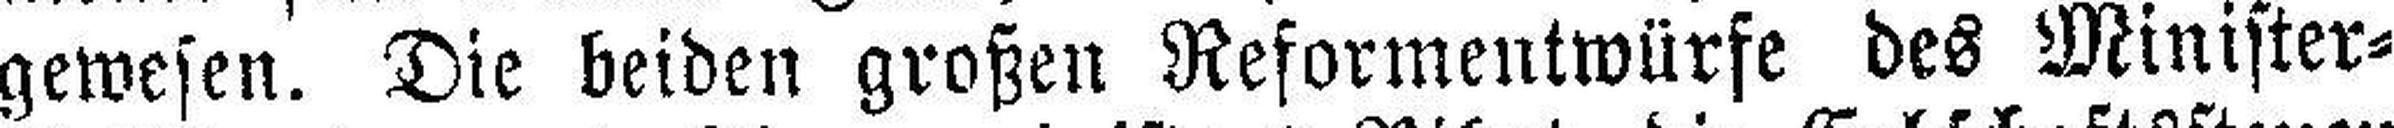
gewesen. Die beiden großen Reformentwürfe des Minister=